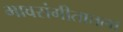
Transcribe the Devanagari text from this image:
भावसंगीतातला